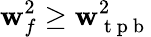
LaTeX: \mathbf{w}_{f}^{2}\geq\mathbf{w}_{\mathrm{{~t~p~b~}}}^{2}